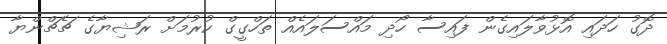
ދޮގު ހަދައި އޮޅުވާލައިގެން ފައިސާ ހޯދި މައްސަލައެއް ތަހްގީގް ކުރުމަށް ރަޝިޔާގެ ޗެޗްންޔާ